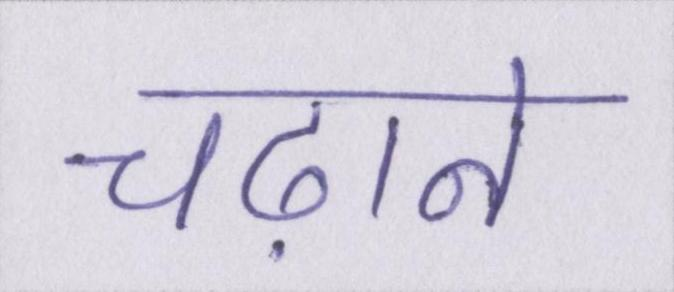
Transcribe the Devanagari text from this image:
चढ़ाने